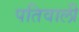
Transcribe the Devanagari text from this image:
पतिवाली